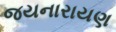
જયનારાયણ